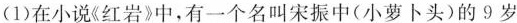
(1)在小说《红岩》中，有一个名叫宋振中(小萝卜头)的 9 岁